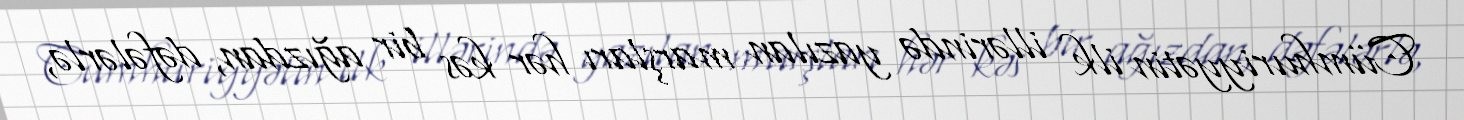
Cümhuriyyətin ilk illərində yazılan marşları hər kəs bir ağızdan, dəfələrlə,